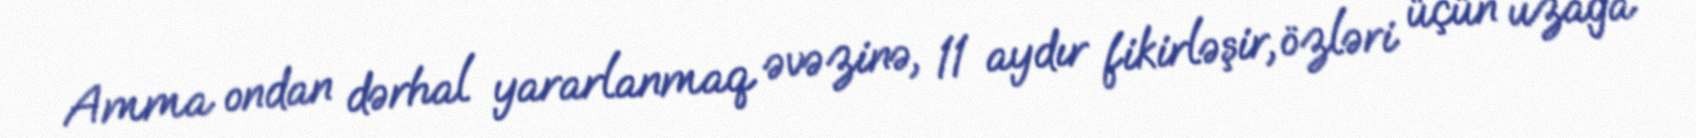
Amma ondan dərhal yararlanmaq əvəzinə, 11 aydır fikirləşir, özləri üçün uzağa